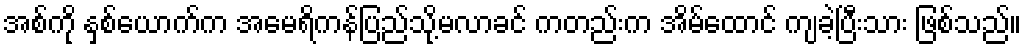
အစ်ကို နှစ်ယောက်က အမေရိကန်ပြည်သို့မလာခင် ကတည်းက အိမ်ထောင် ကျခဲ့ပြီးသား ဖြစ်သည်။